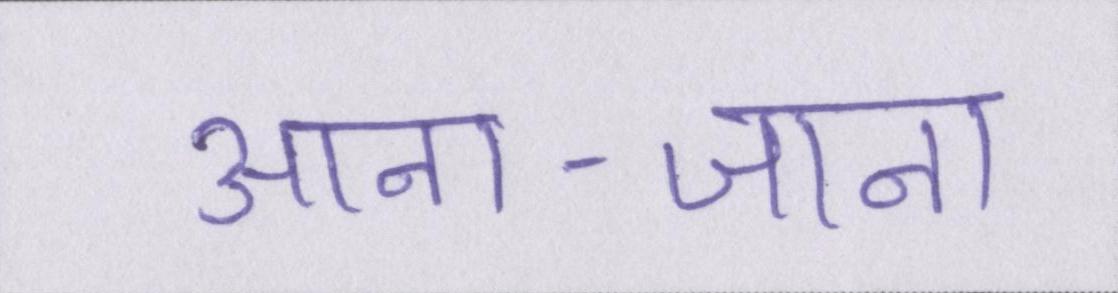
आना-जाना